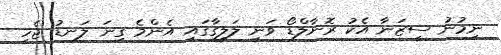
ނިމުނު ސީޒަނާ އެކު ރޮނާލްޑޯ ވަނީ ލަލީގާގައި އެންމެ ގިނަ ލަނޑު ޖެހި